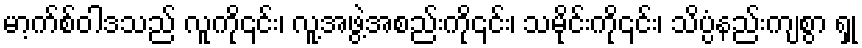
မာ့က်စ်ဝါဒသည် လူကို၎င်း၊ လူ့အဖွဲ့အစည်းကို၎င်း၊ သမိုင်းကို၎င်း၊ သိပ္ပံနည်းကျစွာ ရှု